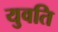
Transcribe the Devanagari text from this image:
युवति